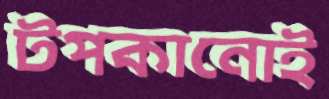
টপকানোই